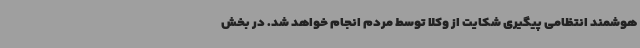
هوشمند انتظامی پیگیری شکایت از وکلا توسط مردم انجام خواهد شد. در بخش